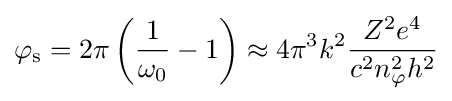
\varphi _{\mathrm {s} }=2\pi \left({\frac {1}{\omega _{\mathrm {0} }}}-1\right)\approx 4\pi ^{3}k^{2}{\frac {Z^{2}e^{4}}{c^{2}n_{\mathrm {\varphi } }^{2}h^{2}}}